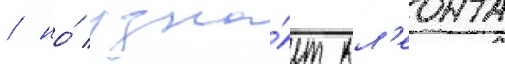
/ но́ узна́ет кл'еонта